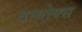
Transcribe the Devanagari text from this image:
वायोक्स